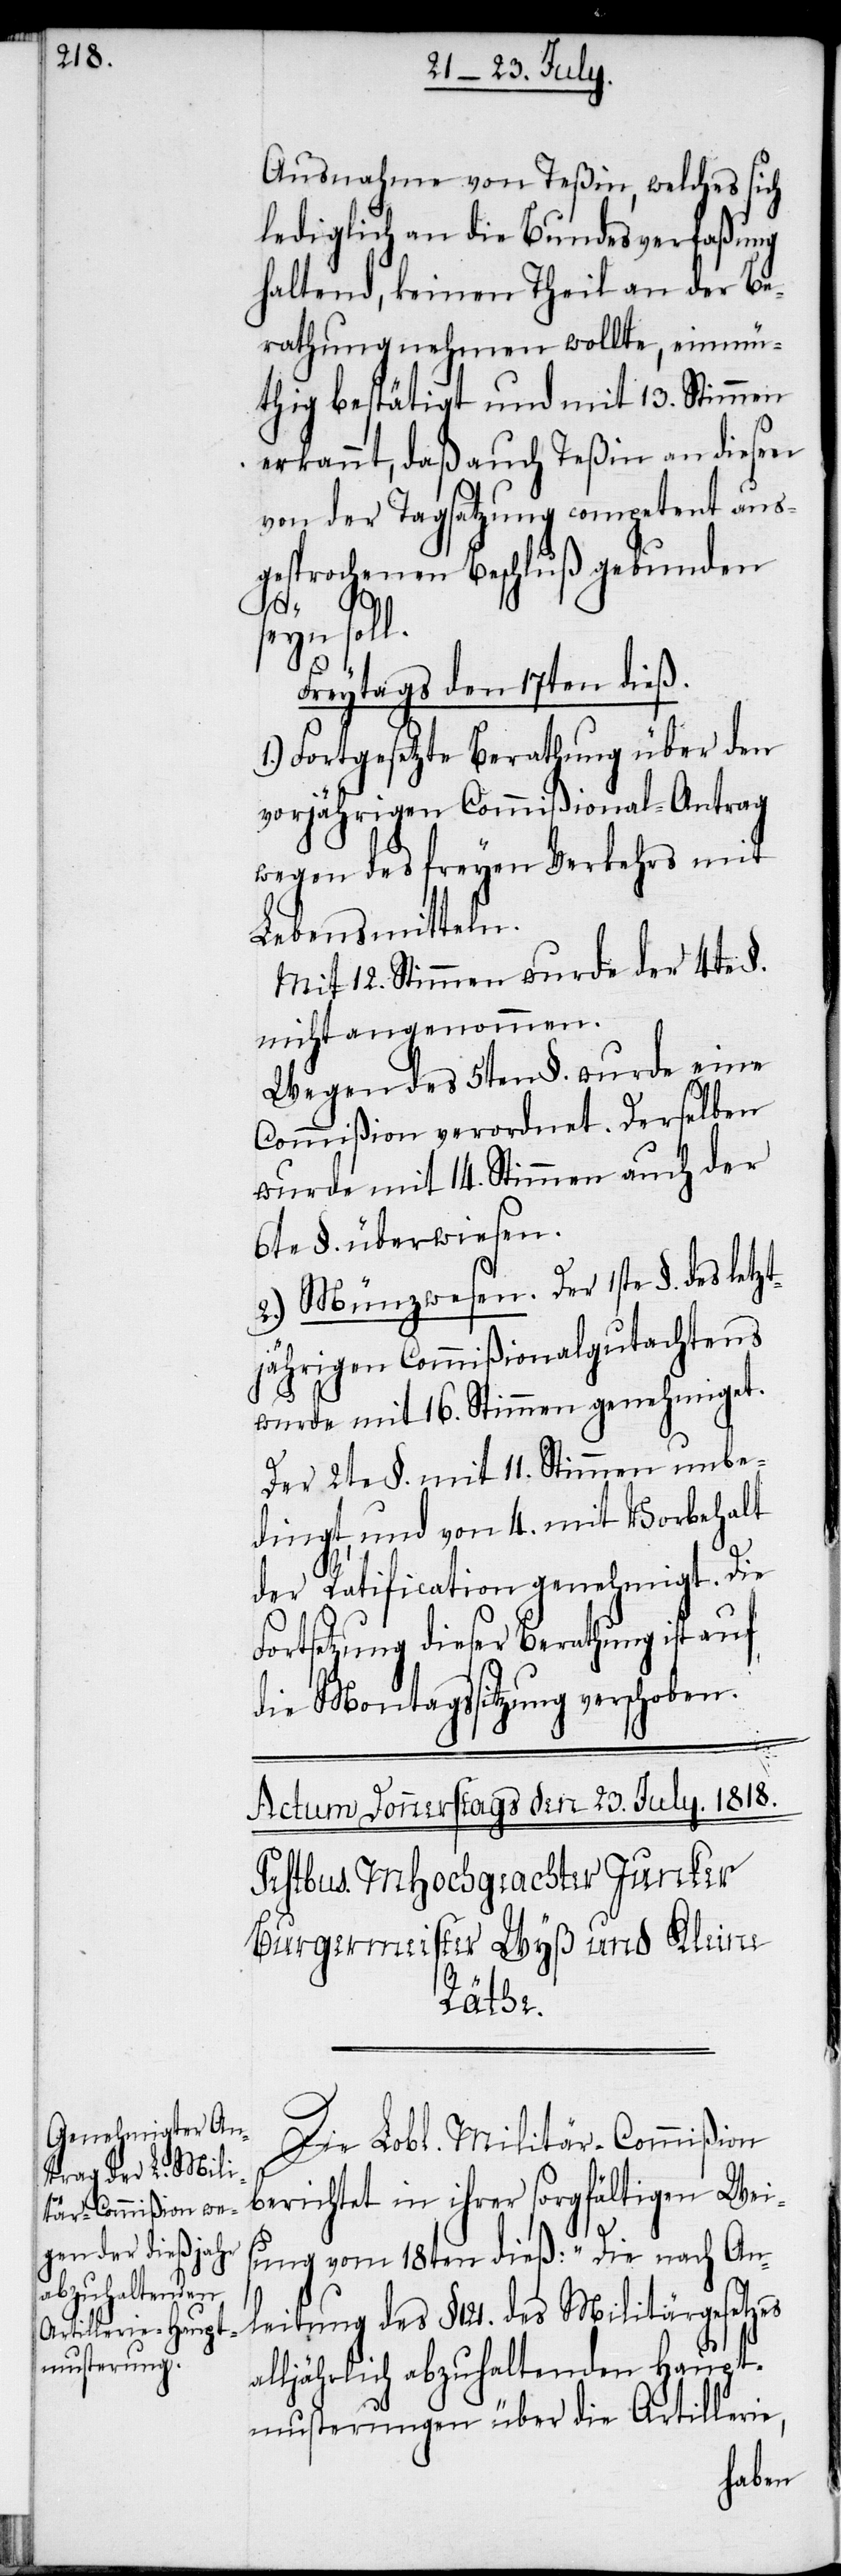
Ausnahme von Teßin, welches sich
lediglich an die Bundesverfaßung
haltend, keinen Theil an der Be¬
rathung nehmen wollte, einmü¬
thig bestätigt und mit 13. Stimmen
erkannt, daß auch Teßin an diesen
von der Tagsatzung competent aus¬
gesprochenen Beschluß gebunden
s¬
eyn soll.
Freytags den 17ten dieß.
1.) Fortgesetzte Berathung über den
vorjährigen Commißional-Antrag
wegen des freyen Verkehrs mit
Lebensmitteln.
Mit 12. Stimmen wurde der 4te §.
nicht angenommen.
Wegen des 5ten §. wurde eine
Commißion verordnet. Derselben
wurde mit 14. Stimmen auch der
6te §. überwiesen.
2.) Münzwesen. der 1ste §. des letzt¬
jährigen Commißionalgutachtens
wurde mit 16. Stimmen genehmiget.
Der 2te §. mit 11. Stimmen unbe¬
dingt, und von 4. mit Vorbehalt
der Ratification genehmigt. Die
Fortsetzung dieser Berathung ist auf
die Montagssitzung verschoben.
Die Lobl. Militär-Commißion
berichtet in ihrer sorgfältigen Wei¬
sung vom 18ten dieß: „Die nach An¬
leitung des §. 124. des Militärgesetzes
alljährlich abzuhaltenden Haupt¬
musterungen über die Artillerie,